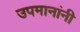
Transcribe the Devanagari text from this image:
उपमानांनी